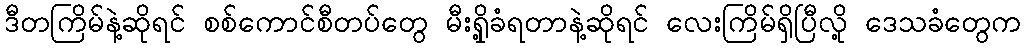
ဒီတကြိမ်နဲ့ဆိုရင် စစ်ကောင်စီတပ်တွေ မီးရှို့ခံရတာနဲ့ဆိုရင် လေးကြိမ်ရှိပြီလို့ ဒေသခံတွေက